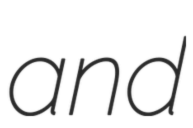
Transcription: and